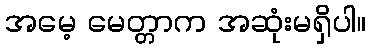
အမေ့ မေတ္တာက အဆုံးမရှိပါ။